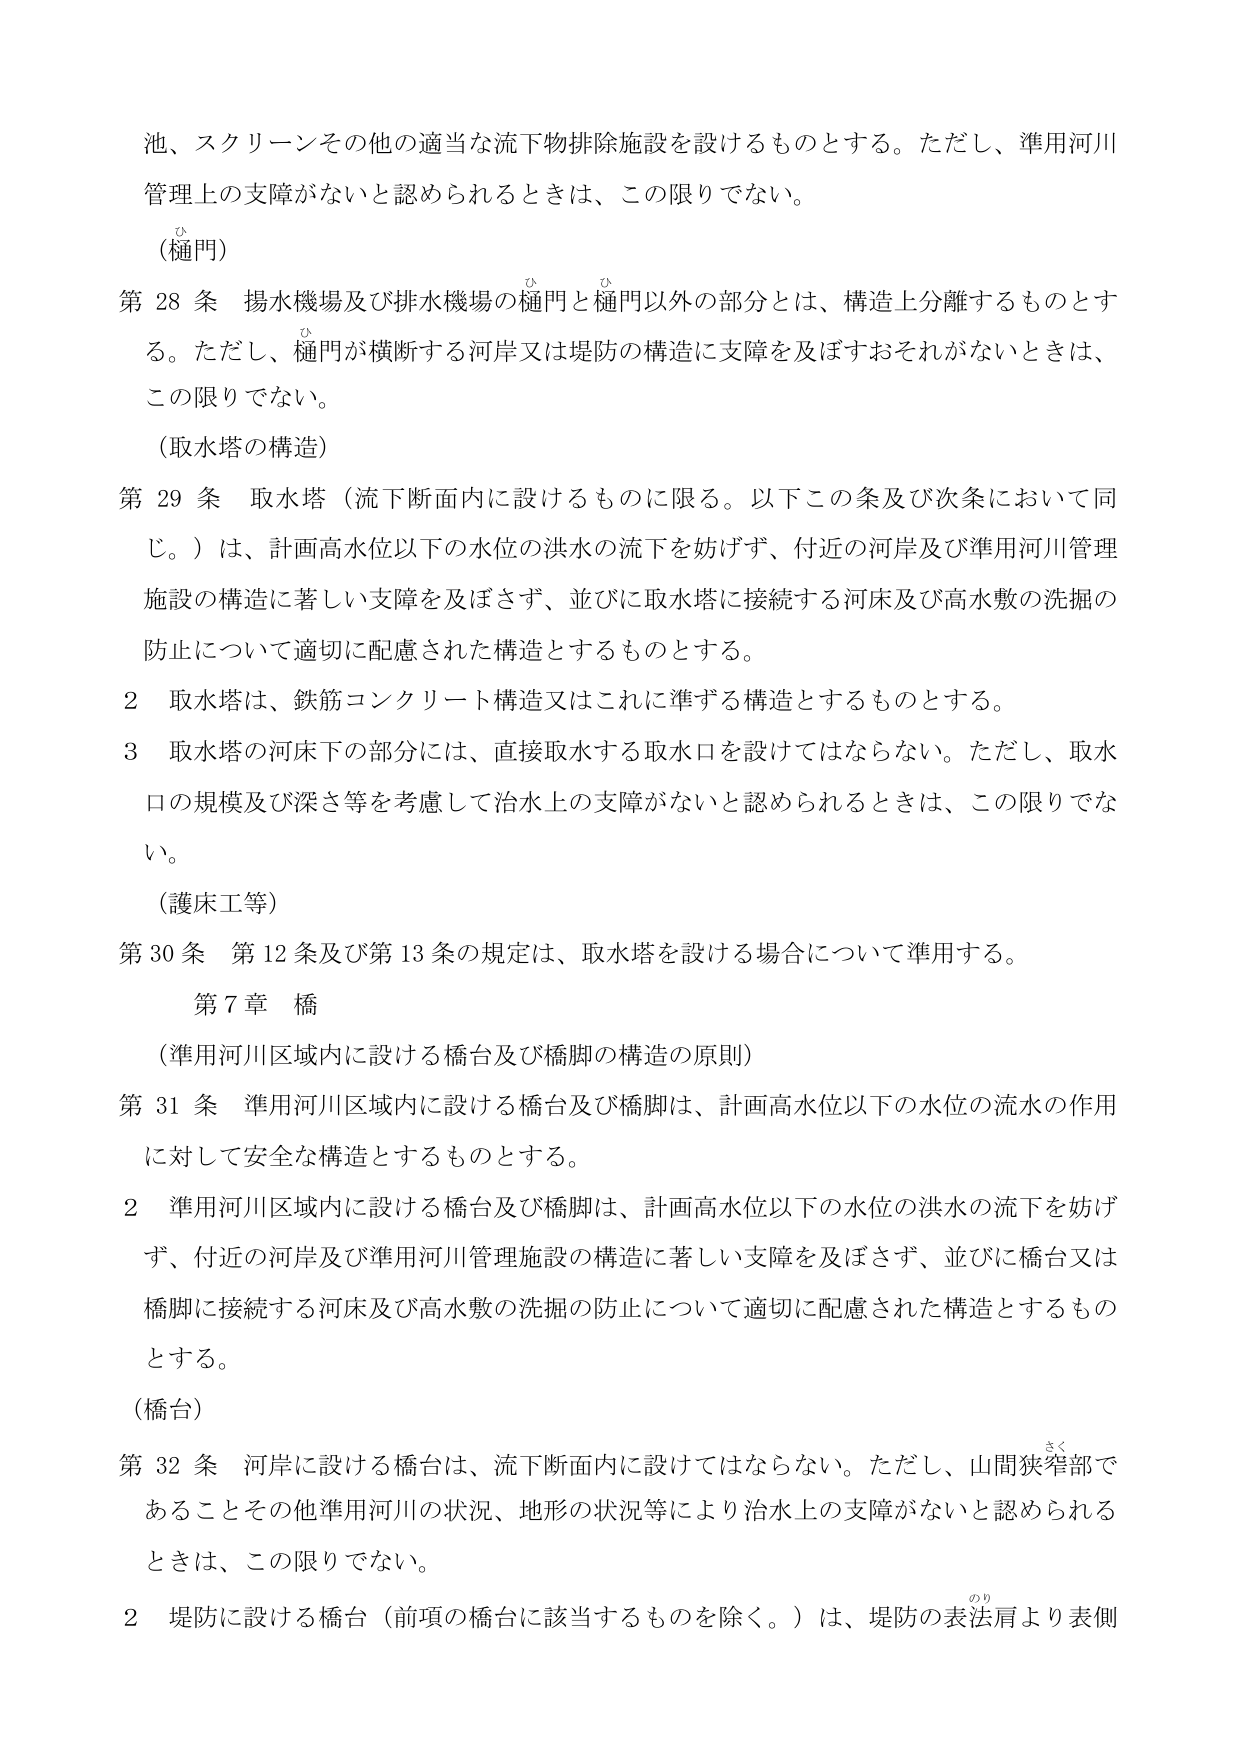
池、スクリーンその他の適当な流下物排除施設を設けるものとする。ただし、準用河川管理上の支障がないと認められるときは、この限りでない。

（樋門）

第28条 揚水機場及び排水機場の樋門と樋門以外の部分とは、構造上分離するものとする。ただし、樋門が横断する河岸又は堤防の構造に支障を及ぼすおそれがないときは、この限りでない。

（取水塔の構造）

第29条 取水塔（流下断面内に設けるものに限る。以下この条及び次条において同じ。）は、計画高水位以下の水位の洪水の流下を妨げず、付近の河岸及び準用河川管理施設の構造に著しい支障を及ぼさず、並びに取水塔に接続する河床及び高水敷の洗掘の防止について適切に配慮された構造とするものとする。

2 取水塔は、鉄筋コンクリート構造又はこれに準ずる構造とするものとする。

3 取水塔の河床下の部分には、直接取水する取水口を設けてはならない。ただし、取水口の規模及び深さ等を考慮して治水上の支障がないと認められるときは、この限りでない。

（護床工等）

第30条 第12条及び第13条の規定は、取水塔を設ける場合について準用する。

第7章 橋

（準用河川区域内に設ける橋台及び橋脚の構造の原則）

第31条 準用河川区域内に設ける橋台及び橋脚は、計画高水位以下の水位の流水の作用に対して安全な構造とするものとする。

2 準用河川区域内に設ける橋台及び橋脚は、計画高水位以下の水位の洪水の流下を妨げず、付近の河岸及び準用河川管理施設の構造に著しい支障を及ぼさず、並びに橋台又は橋脚に接続する河床及び高水敷の洗掘の防止について適切に配慮された構造とするものとする。

（橋台）

第32条 河岸に設ける橋台は、流下断面内に設けてはならない。ただし、山間狭窄部であることその他準用河川の状況、地形の状況等により治水上の支障がないと認められるときは、この限りでない。

2 堤防に設ける橋台（前項の橋台に該当するものを除く。）は、堤防の表法肩より表側